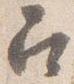
召